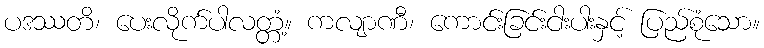
ပဒဿတိ၊ ပေးလိုက်ပါလတ္တံ့။ ကလျာဏီ၊ ကောင်းခြင်းငါးပါးနှင့် ပြည်စုံသော။